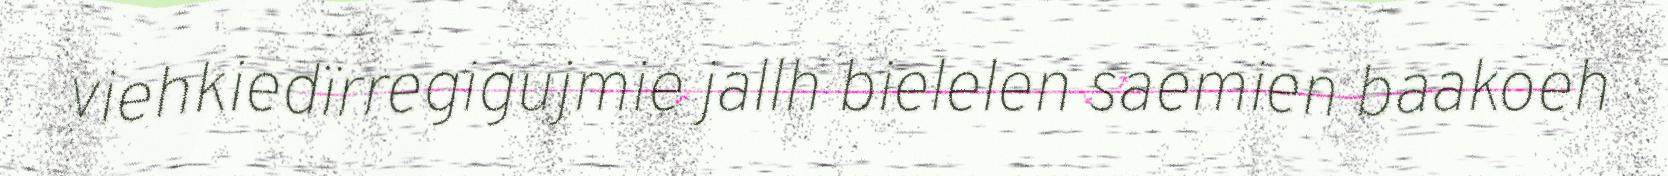
viehkiedïrregigujmie jallh bielelen saemien baakoeh